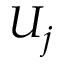
U _ { j }